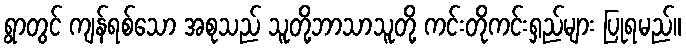
ရွာတွင် ကျန်ရစ်သော အစုသည် သူတို့ဘာသာသူတို့ ကင်းတိုကင်းရှည်များ ပြုရမည်။